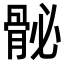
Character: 𩨲